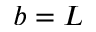
b = L